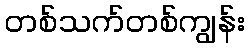
တစ်သက်တစ်ကျွန်း